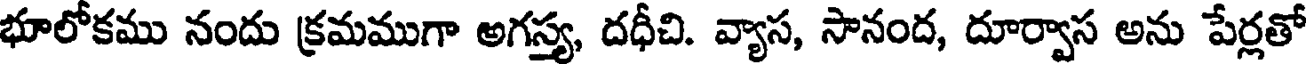
భూలోకము నందు క్రమముగా అగస్త్య, దధీచి. వ్యాస, సానంద, దూర్వాస అను పేర్లతో